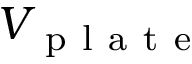
V _ { \mathrm { ~ p ~ l ~ a ~ t ~ e ~ } }